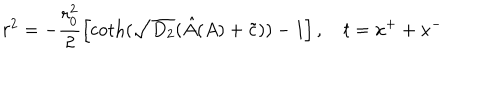
LaTeX: r ^ { 2 } = - \frac { r _ { 0 } ^ { 2 } } { 2 } \left[ \coth ( \sqrt { D _ { 2 } } ( \hat { A } ( A ) + \tilde { c } ) ) - 1 \right] , ~ t = x ^ { + } + x ^ { - }